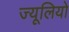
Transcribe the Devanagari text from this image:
ज्यूलियो